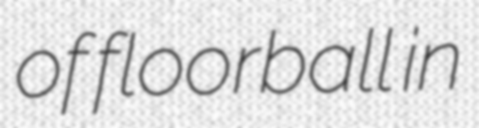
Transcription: of floorball in